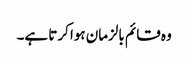
وہ قائم بالزمان ہوا کرتا ہے۔